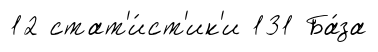
12 стат'и́ст'ик'и 131 Ба́за